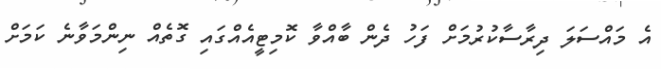
އެ މައްސަލަ ދިރާސާކުރުމަށް ފަހު ދެން ބާއްވާ ކޮމިޓީއެއްގައި ގޮތެއް ނިންމަވާނެ ކަމަށް